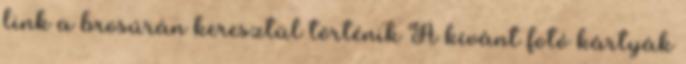
link a brosúrán keresztül történik A kívánt fotó kártyák